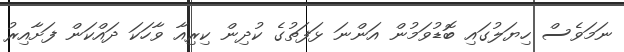
ނަމަވެސް ހިޔަލުގައި ބޮޑުވަމުން އަންނަ ޅަފަތުގެ ކުދިން ކިރިއާ ވާހަކަ ދައްކަން ފަށާއިރު